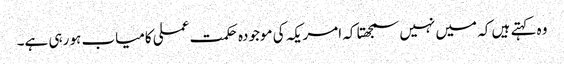
وہ کہتے ہیں کہ میں نہیں سمجھتا کہ امریکہ کی موجودہ حکمت عملی کامیاب ہو رہی ہے۔